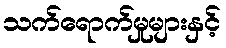
သက်ရောက်မှုများနှင့်